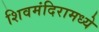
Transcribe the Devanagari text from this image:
शिवमंदिरामध्ये